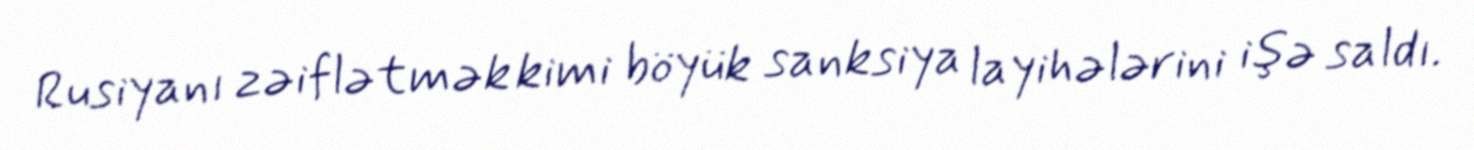
Rusiyanı zəiflətmək kimi böyük sanksiya layihələrini işə saldı.